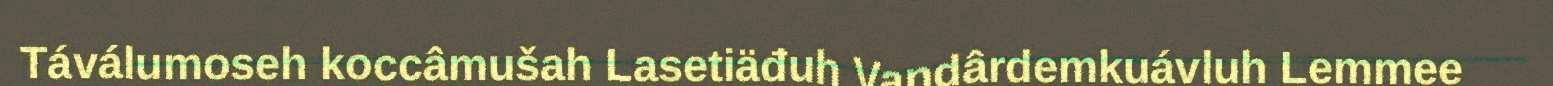
Táválumoseh koccâmušah Lasetiäđuh Vandârdemkuávluh Lemmee